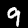
Label: 9